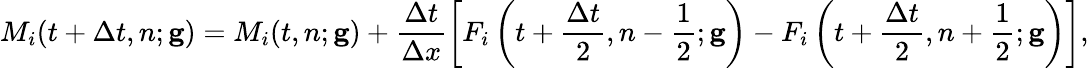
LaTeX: M_{i}(t+\Delta t,n;\mathbf{g})=M_{i}(t,n;\mathbf{g})+\frac{\Delta t}{\Delta x}\left[F_{i}\left(t+\frac{\Delta t}{2},n-\frac{1}{2};\mathbf{g}\right)-F_{i}\left(t+\frac{\Delta t}{2},n+\frac{1}{2};\mathbf{g}\right)\right],